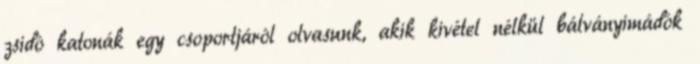
zsidó katonák egy csoportjáról olvasunk, akik kivétel nélkül bálványimádók